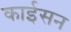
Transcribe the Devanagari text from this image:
काईसन